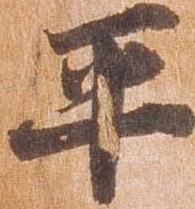
平